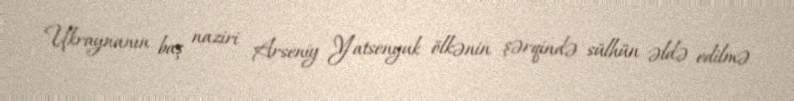
Ukraynanın baş naziri Arseniy Yatsenyuk ölkənin şərqində sülhün əldə edilmə